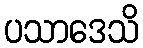
ပသာဒေသိ